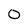
Character: 0